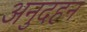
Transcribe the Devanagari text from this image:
अनुदहन